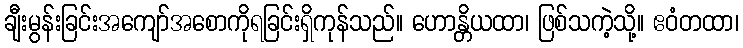
ချီးမွန်းခြင်းအကျော်အစောကိုရခြင်းရှိကုန်သည်။ ဟောန္တိယထာ၊ ဖြစ်သကဲ့သို့။ ဧဝံတထာ၊